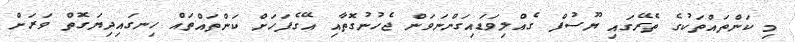
މި ކަންތައްތަކުގެ ތެރޭގައި ޔޫސުފް ގެއްލިވަޑައިގަންނަވަން ޖެހުނުގޮތާއި އޭގެފަހަށް ކަންތައްތައް ހިނގައިދިޔަގޮތް ވަރަށް